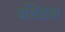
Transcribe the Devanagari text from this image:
वशिंडांचा